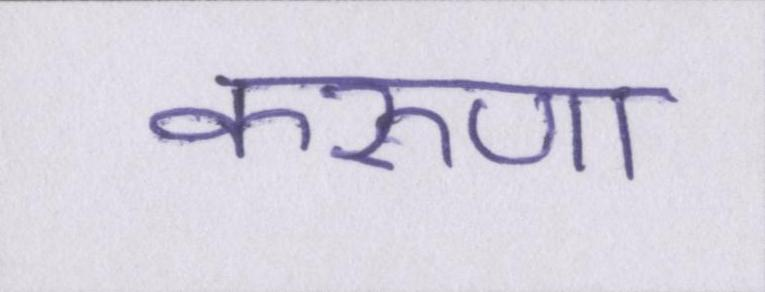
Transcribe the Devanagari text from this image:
करुणा